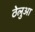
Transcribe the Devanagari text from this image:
ठेलुआ